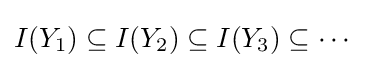
I(Y_{1})\subseteq I(Y_{2})\subseteq I(Y_{3})\subseteq \cdots